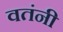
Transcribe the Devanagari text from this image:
वतंनी